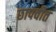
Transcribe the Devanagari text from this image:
छापवीत